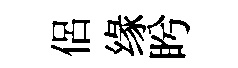
侶缘盻